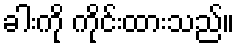
ခါးကို ကိုင်းထားသည်။